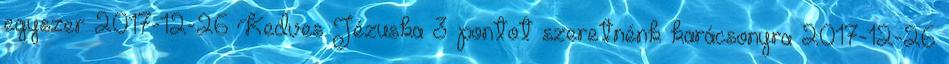
egyszer 2017-12-26 Kedves Jézuska 3 pontot szeretnénk karácsonyra 2017-12-26